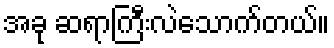
အခု ဆရာကြီးလဲသောက်တယ်။